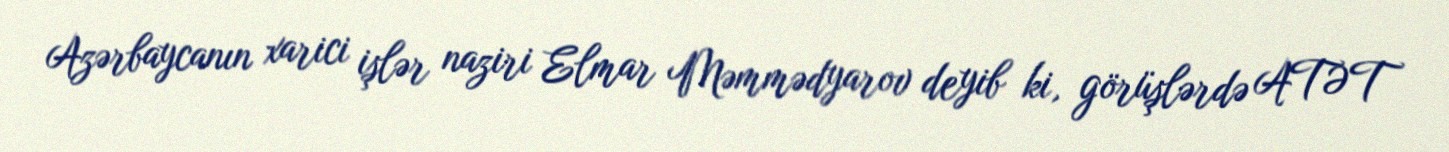
Azərbaycanın xarici işlər naziri Elmar Məmmədyarov deyib ki, görüşlərdə ATƏT